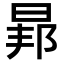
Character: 𭦐